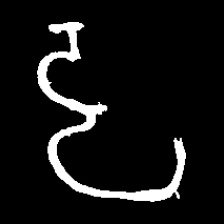
Pyu character \u2014 Myanmar letter: ဠ (romanized: lla)